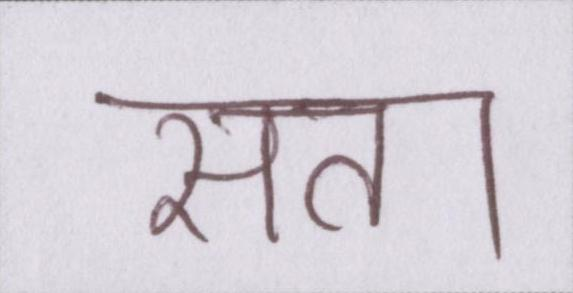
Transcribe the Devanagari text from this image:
सत्ता